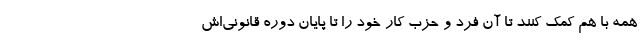
همه با هم کمک کنند تا آن فرد و حزب کار خود را تا پایان دوره قانونی‌اش